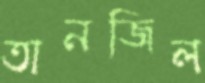
তানজিল